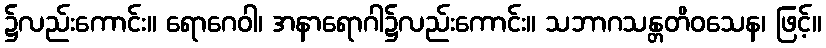
၌လည်းကောင်း။ ရောဂေဝါ၊ အနာရောဂါ၌လည်းကောင်း။ သဘာဂသန္တတိဝသေန၊ ဖြင့်။